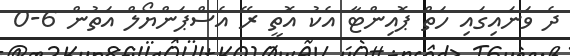
ދެ ވަނައިގައި ހަތް ޕޮއިންޓާ އެކު އޮތީ ރޭ އެސްޕަންޔޯލް އަތުން 6-0